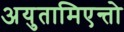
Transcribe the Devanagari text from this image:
अयुतामिएन्तो